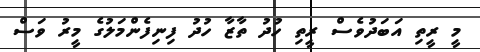
މީ ރީތި އަބަދުވެސް ރީތި ހުދު ތާޒާ ހުދު ފިނިފެންމަލުގެ މީރު ވަސް